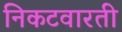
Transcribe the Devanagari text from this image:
निकटवारती